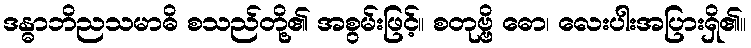
ဒန္ဓာဘိညသမာဓိ စသည်တို့၏ အစွမ်းဖြင့်။ စတုဗ္ဗိ ဓော၊ လေးပါးအပြားရှိ၏။